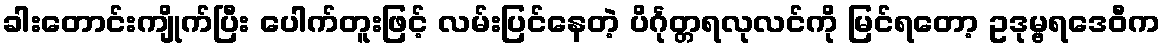
ခါးတောင်းကျိုက်ပြီး ပေါက်တူးဖြင့် လမ်းပြင်နေတဲ့ ပိင်္ဂုတ္တရလုလင်ကို မြင်ရတော့ ဥဒုမ္ဗရဒေဝီက